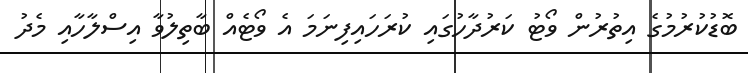
ބޮޑުކުރުމުގެ އިތުރުން ވޯޓު ކަރުދާހުގައި ކުރަހައިފިނަމަ އެ ވޯޓެއް ބާތިލުވާ އިސްލާހާއި މެދު